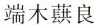
端木蕻良